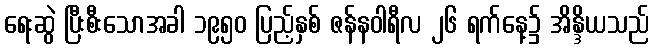
ရေးဆွဲ ပြီးစီးသောအခါ ၁၉၅၀ ပြည့်နှစ် ဇန်နဝါရီလ ၂၆ ရက်နေ့၌ အိန္ဒိယသည်